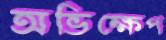
অভিক্ষেপ